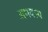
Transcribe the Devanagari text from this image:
अभयस्थ